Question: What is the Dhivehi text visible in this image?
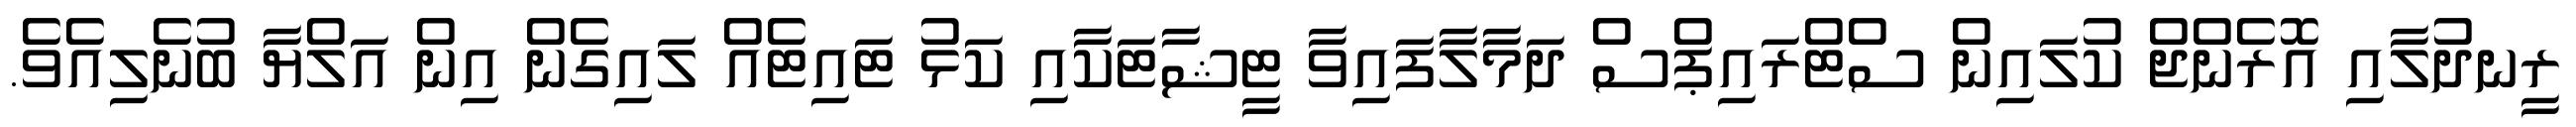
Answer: ރީނދުލާއި އޮރެންޖް ކުލައިން ސްޓްރައިޕްސް ދަމާލާފައިވާ ޓީޝާޓަކާއި ކަޅު ޓައިޓެއް ލައިގެން އިން އަލްޔާ ބުނެލިއެވެ.